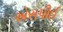
એસપીઈ